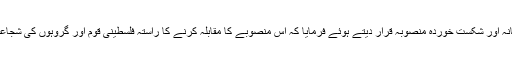
رہبر انقلاب اسلامی نے سینچری ڈیل سے موسوم امریکی منصوبے کو احمقانہ، خبیثانہ اور شکست خوردہ منصوبہ قرار دیتے ہوئے فرمایا کہ اس منصوبے کا مقابلہ کرنے کا راستہ فلسطینی قوم اور گروہوں کی شجاعانہ استقامت و جہاد، اور عالم اسلام کی طرف سے فلسطینیوں کی بھرپور حمایت ہے۔